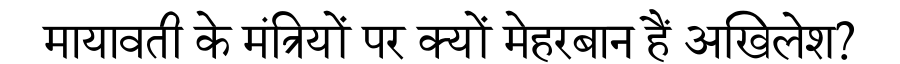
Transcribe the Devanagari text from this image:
मायावती के मंत्रियों पर क्यों मेहरबान हैं अखिलेश?